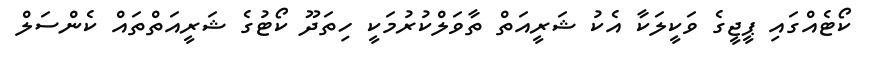
ކޯޓެއްގައި ޕީޖީގެ ވަކީލަކާ އެކު ޝަރީއަތް ތާވަލްކުރުމަކީ ހިތަދޫ ކޯޓުގެ ޝަރީއަތްތައް ކެންސަލް